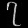
Digit: ၇